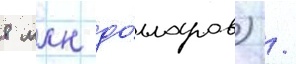
8 млн до́лларов) /